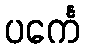
ပင်္ကေ